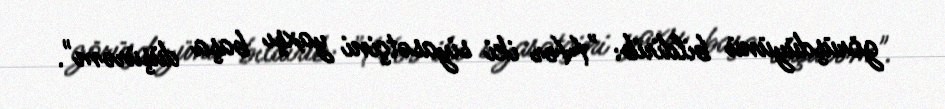
görüşdüyünü bildirib: "Hər iki siyasətçini yaxşı başa düşürəm".